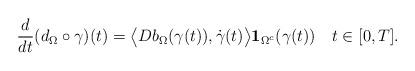
LaTeX: \begin{align*}\frac{d}{dt}(d_\Omega\circ \gamma)(t)=\big\langle Db_\Omega(\gamma(t)),\dot{\gamma}(t)\big\rangle\mathbf{1}_{\Omega^c}(\gamma(t)) \ \ \ t\in[0,T].\end{align*}